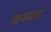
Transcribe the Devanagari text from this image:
अन्शवरों